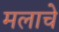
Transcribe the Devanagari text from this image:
मलाचे